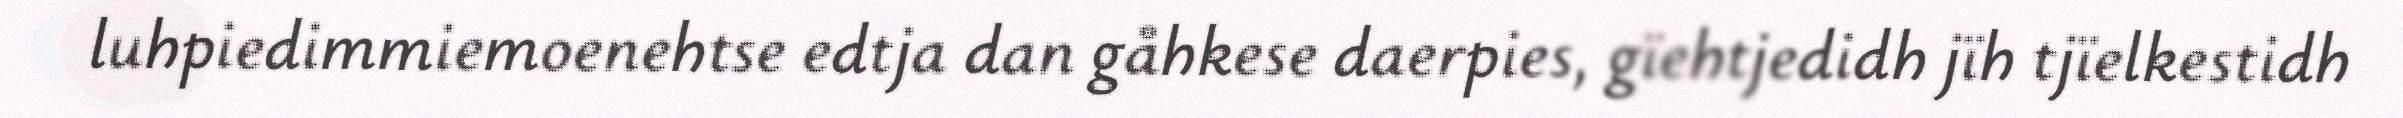
luhpiedimmiemoenehtse edtja dan gåhkese daerpies, gïehtjedidh jïh tjïelkestidh